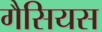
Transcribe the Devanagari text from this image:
गैसियस